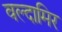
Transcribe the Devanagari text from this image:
वल्दामिर